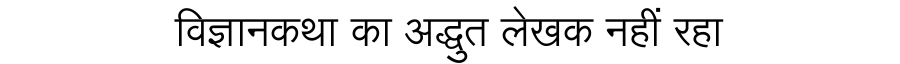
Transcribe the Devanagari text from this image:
विज्ञानकथा का अद्धुत लेखक नहीं रहा